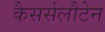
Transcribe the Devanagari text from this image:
कैसर्सलौटेन